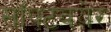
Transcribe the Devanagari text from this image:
सॉफ्टवयेर